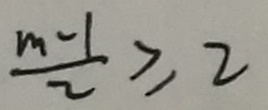
\frac { m - 1 } { 2 } \geq 2